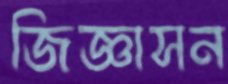
জিজ্ঞাসন